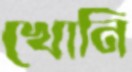
খোনি